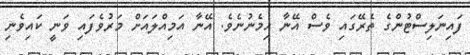
ފައިނަލިސްޓުންގެ ތެރޭގައި ވެސް އޭނާ ހިމެނުނެވެ. އޭނާ އަމިއްލައަށް މަރުވެފައި ވަނީ ކައިވެނި